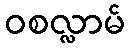
ဝစလ္လာမ်